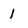
Character: 1